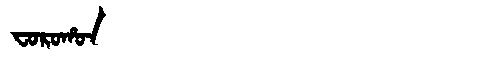
Manchu: ᠸᠣᡵᠣᡥᠣᠨ
Romanization: FOROHON